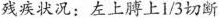
残疾状况：左上膊上\frac{1}{3}切断